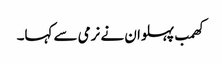
کھمب پہلوان نے نرمی سے کہا۔